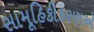
સામૂહિકીકરણએ